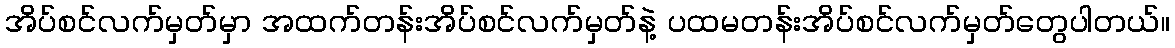
အိပ်စင်လက်မှတ်မှာ အထက်တန်းအိပ်စင်လက်မှတ်နဲ့ ပထမတန်းအိပ်စင်လက်မှတ်တွေပါတယ်။